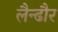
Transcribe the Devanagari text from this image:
लैन्ढौर